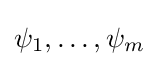
\psi _{1},\ldots ,\psi _{m}